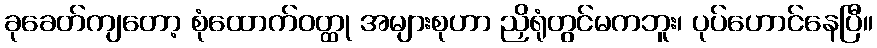
ခုခေတ်ကျတော့ စုံထောက်ဝတ္ထု အများစုဟာ ညှိရုံတွင်မကဘူး၊ ပုပ်ဟောင်နေပြီ။